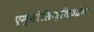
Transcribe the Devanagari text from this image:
एम्बोलिज़तिओन